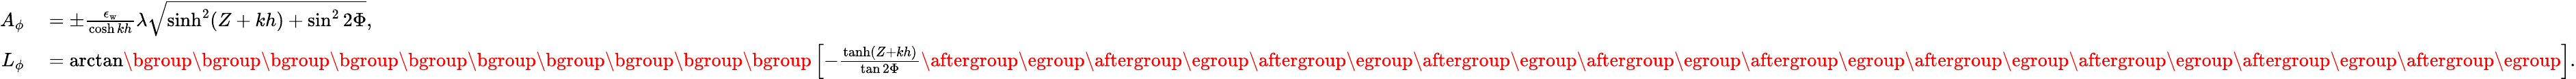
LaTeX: \begin{array}{rl}{A_{\phi}}&{{}=\pm\frac{\epsilon_{\mathrm{w}}}{\cosh kh}\lambda\sqrt{\sinh^{2}(Z+kh)+\sin^{2}{2\Phi}},}\\ {L_{\phi}}&{{}=\arctan\mathopen{}\mathclose\bgroup\mathopen{}\mathclose\bgroup\mathopen{}\mathclose\bgroup\mathopen{}\mathclose\bgroup\mathopen{}\mathclose\bgroup\mathopen{}\mathclose\bgroup\mathopen{}\mathclose\bgroup\mathopen{}\mathclose\bgroup\mathopen{}\mathclose\bgroup\mathopen{}\mathclose\bgroup\left[-\frac{\operatorname{tanh}(Z+kh)}{\tan{2\Phi}}\aftergroup\egroup\aftergroup\egroup\aftergroup\egroup\aftergroup\egroup\aftergroup\egroup\aftergroup\egroup\aftergroup\egroup\aftergroup\egroup\aftergroup\egroup\aftergroup\egroup\right].}\end{array}